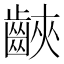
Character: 䶝